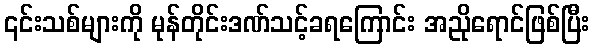
၎င်းသစ်များကို မုန်တိုင်းဒဏ်သင့်ခရကြောင်း အညိုရောင်ဖြစ်ပြီး